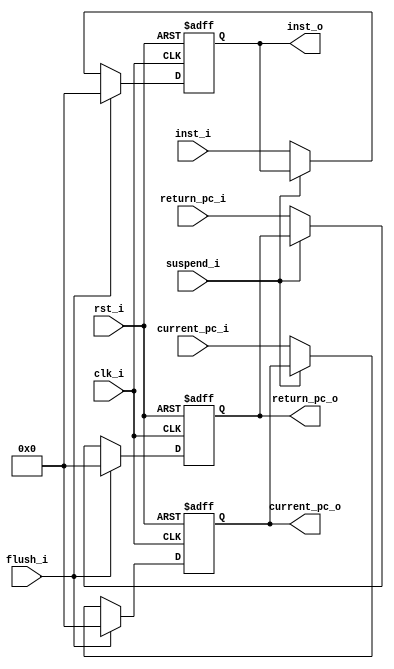
`timescale 1ns/1ps
// IF/ID
module reg_if_id #(
    parameter INIT_PC = 32'h0
)
(
    input             clk_i,
    input             rst_i,
    input      [31:0] inst_i,
    input      [31:0] current_pc_i,
    input      [31:0] return_pc_i,
    input             suspend_i,
    input             flush_i,
    output reg [31:0] inst_o,
    output reg [31:0] current_pc_o,
    output reg [31:0] return_pc_o
);
    always @(posedge clk_i or posedge rst_i) begin
        if(rst_i)
            inst_o <= INIT_PC;
        else
            if(flush_i)
                inst_o <= INIT_PC;
            else if(suspend_i)
                inst_o <= inst_o;
            else
                inst_o <= inst_i;
    end
    always @(posedge clk_i or posedge rst_i) begin
        if(rst_i)
            current_pc_o <= 32'h0;
        else
            if(flush_i)
                current_pc_o <= 32'h0;
            else if(suspend_i)
                current_pc_o <= current_pc_o;
            else
                current_pc_o <= current_pc_i;
    end
    always @(posedge clk_i or posedge rst_i) begin
        if(rst_i)
            return_pc_o <= 32'h0;
        else
            if(flush_i)
                return_pc_o <= 32'h0;
            else if(suspend_i)
                return_pc_o <= return_pc_o;
            else
                return_pc_o <= return_pc_i;
    end
endmodule